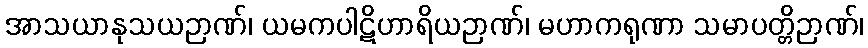
အာသယာနုသယဉာဏ်၊ ယမကပါဋိဟာရိယဉာဏ်၊ မဟာကရုဏာ သမာပတ္တိဉာဏ်၊